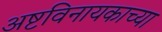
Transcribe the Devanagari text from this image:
अष्टविनायकाच्या